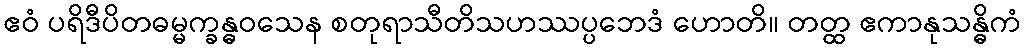
ဧဝံ ပရိဒီပိတဓမ္မက္ခန္ဓဝသေန စတုရာသီတိသဟဿပ္ပဘေဒံ ဟောတိ။ တတ္ထ ဧကာနုသန္ဓိကံ